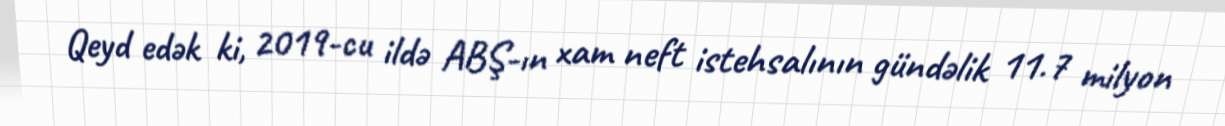
Qeyd edək ki, 2019-cu ildə ABŞ-ın xam neft istehsalının gündəlik 11.7 milyon